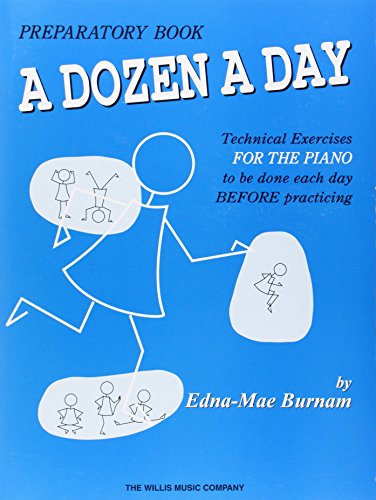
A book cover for A Dozen a Day Preparatory Book, Technical Exercises for Piano; Edna Mae Burnam; Humor & Entertainment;